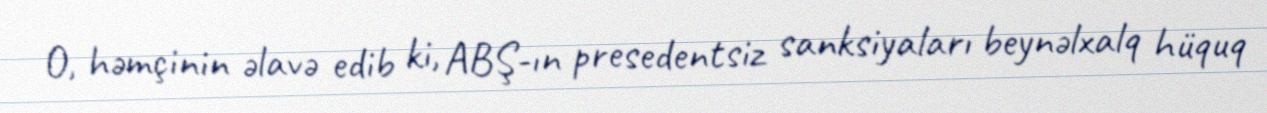
O, həmçinin əlavə edib ki, ABŞ-ın presedentsiz sanksiyaları beynəlxalq hüquq